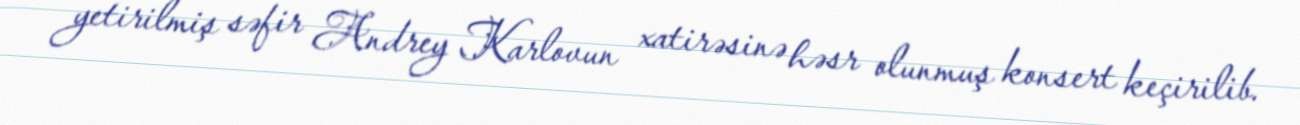
yetirilmiş səfir Andrey Karlovun xatirəsinə həsr olunmuş konsert keçirilib.